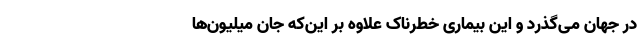
در جهان می‌گذرد و این بیماری خطرناک علاوه بر این‌که جان میلیون‌ها